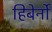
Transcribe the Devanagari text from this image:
हिबेर्नो